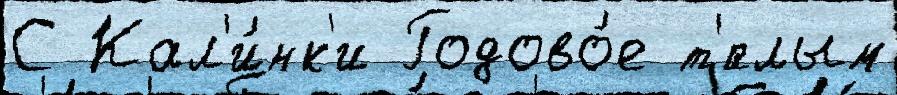
С Кал'и́нк'и Годово́е т'́плым